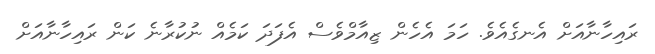
ރައިހާނާއަށް އެނގެއެވެ. ހަމަ އެހެން ޒިއާމްވެސް އެފަދަ ކަމެއް ނުކުރާނެ ކަން ރައިހާނާއަށް